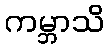
ကမ္ဘာသိ